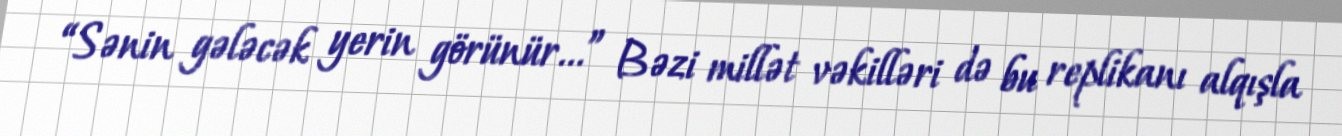
“Sənin gələcək yerin görünür...” Bəzi millət vəkilləri də bu replikanı alqışla